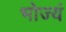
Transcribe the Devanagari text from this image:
भोज्यं